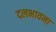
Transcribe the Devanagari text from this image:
दलभावना